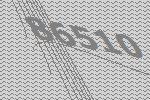
86510